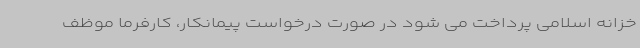
خزانه اسلامی پرداخت می شود در صورت درخواست پیمانکار، کارفرما موظف